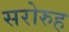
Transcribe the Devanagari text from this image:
सरोरुह